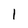
Character: 1